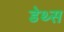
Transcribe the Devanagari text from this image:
डेथ्स